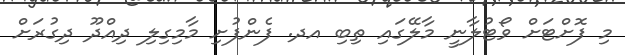
މި ފޮށްޓަށް ވޯޓުލާނީ މާލޭގައި ތިބި އދ. ފެންފުށި މާމިގިލި ދިއްދޫ ދިގުރަށް